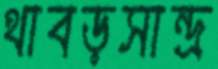
থাবড়সান্দ্র